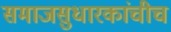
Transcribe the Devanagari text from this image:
समाजसुधारकांचीच